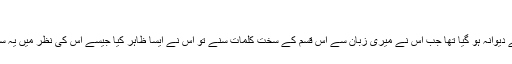
‘‘
میں غصے کی شدت سے دیوانہ ہو گیا تھا جب اس نے میری زبان سے اس قسم کے سخت کلمات سنے تو اس نے ایسا ظاہر کیا جیسے اس کی نظر میں یہ سب گفتگو ایک معمہ ہے۔